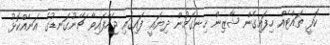
ކޮފީ ތައްޓެއް ހިފައިގެން ޝާޒިން ހިނގަމުން ދިޔައީ ފައިގައި ޖަހާފައިވާ ޗޭނުގަނޑުގެ އަނެއްކޮޅު